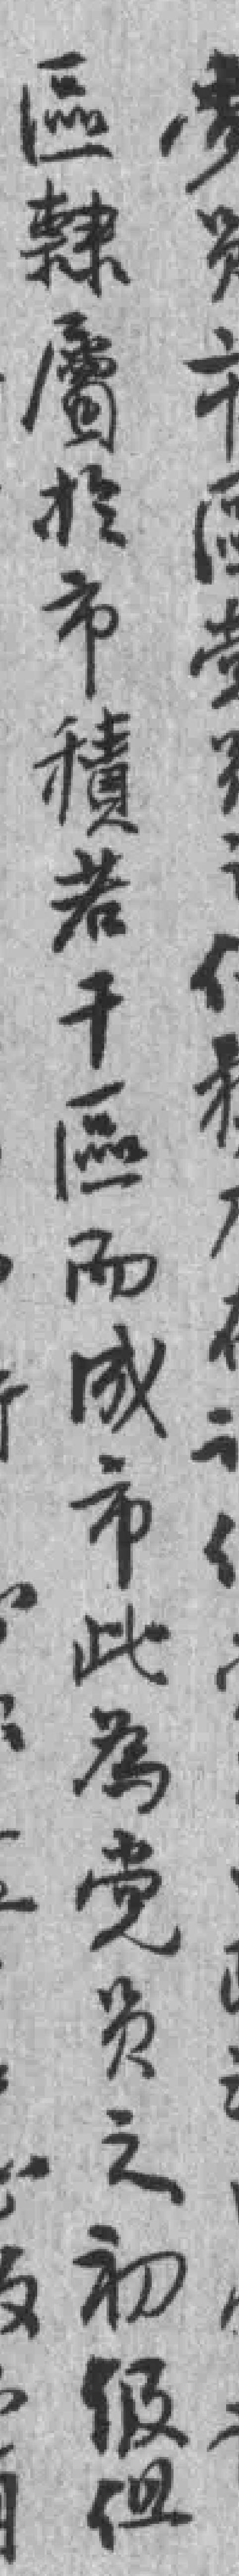
區隸屬於市積若干區而成市此為党员之初级组